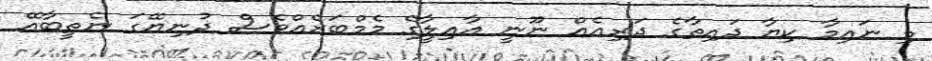
މި ނައިމާ ކިޔާ ދައިތާގެ ދަރިއެއް ނޫނީ އާއިލީާގެ މެމްބަރެއްވެސް ދުނިޔޭގަ ނެތީބާއޭ